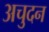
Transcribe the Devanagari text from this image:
अचुदन